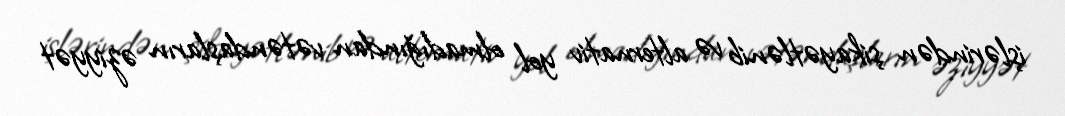
işlərindən şikayətlənib və alternativ yol olmadığından vətəndaşların əziyyət